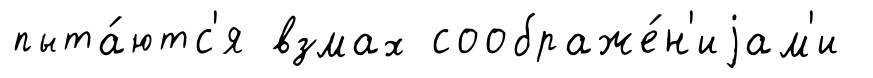
пыта́ютс'я взмах соображе́н'иjам'и